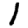
Digit: 1